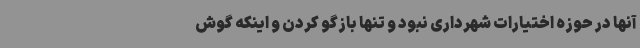
آنها در حوزه اختیارات شهرداری نبود و تنها بازگو کردن و اینکه گوش